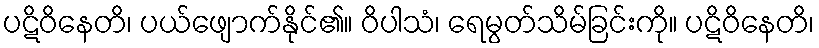
ပဋိဝိနေတိ၊ ပယ်ဖျောက်နိုင်၏။ ဝိပါသံ၊ ရေမွတ်သိမ်ခြင်းကို။ ပဋိဝိနေတိ၊